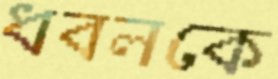
ধবলকে